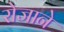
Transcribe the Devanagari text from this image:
रोजाने